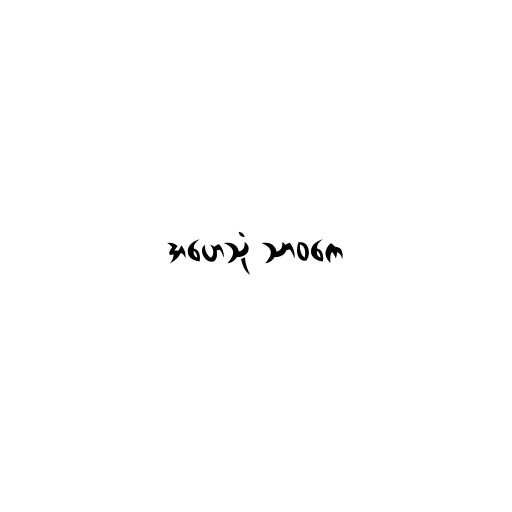
အဟေသုံ သာဝကေ